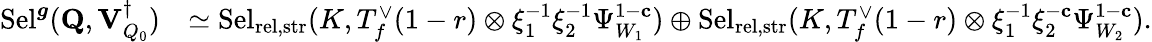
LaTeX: \begin{array}{rl}{\mathrm{Sel}^{{\boldsymbol{g}}}(\mathbf{Q},{\mathbf{V}_{Q_{0}}^{\dagger}})}&{\simeq\mathrm{Sel}_{{\mathrm{rel},\mathrm{str}}}(K,T_{f}^{\vee}(1-r)\otimes\xi_{1}^{-1}\xi_{2}^{-1}\Psi_{W_{1}}^{1-\mathbf{c}})\oplus\mathrm{Sel}_{{\mathrm{rel},\mathrm{str}}}(K,T_{f}^{\vee}(1-r)\otimes\xi_{1}^{-1}\xi_{2}^{-\mathbf{c}}\Psi_{W_{2}}^{1-\mathbf{c}}).}\end{array}